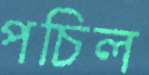
পচিল